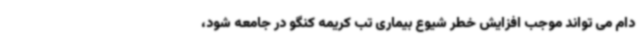
دام می تواند موجب افزایش خطر شیوع بیماری تب کریمه کنگو در جامعه شود،